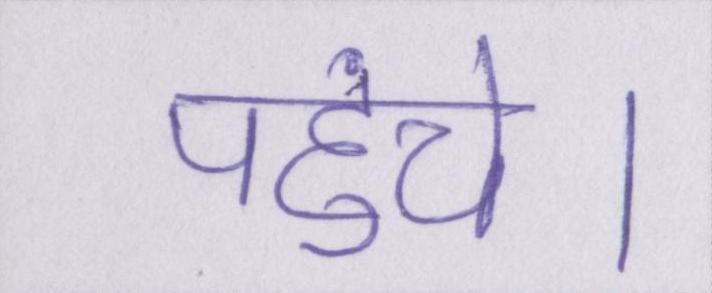
पहुंचे।